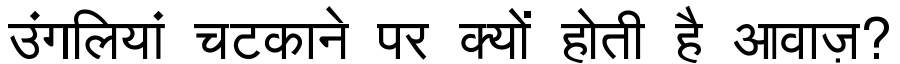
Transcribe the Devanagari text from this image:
उंगलियां चटकाने पर क्यों होती है आवाज़?